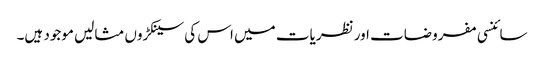
سائنسی مفروضات اور نظریات میں اس کی سینکڑوں مثالیں موجود ہیں۔